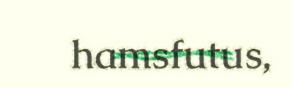
hamsfutus,